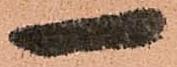
一